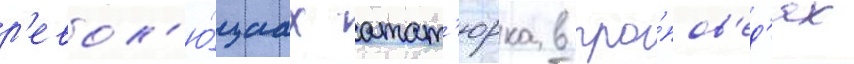
р'евол'ю́циах атат'юрка в про́пов'ед'ях